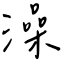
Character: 澡